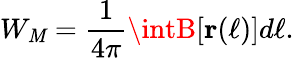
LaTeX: W_{\mathit{M}}=\frac{{1}}{{4\pi}}\intB[\textbf{{r}}(\ell)]d\ell.